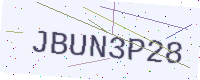
Text: JBUN3P28